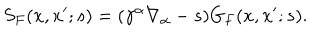
LaTeX: S _ { F } ( x , x ^ { \prime } ; s ) = ( \gamma ^ { \alpha } \nabla _ { \alpha } - s ) G _ { F } ( x , x ^ { \prime } ; s ) .